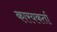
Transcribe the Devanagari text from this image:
कारयकर्ता